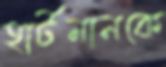
হার্টমানকে